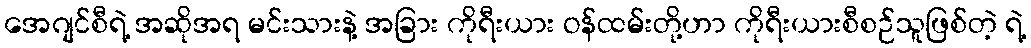
အေဂျင်စီရဲ့ အဆိုအရ မင်းသားနဲ့ အခြား ကိုရီးယား ဝန်ထမ်းတို့ဟာ ကိုရီးယားစီစဉ်သူဖြစ်တဲ့ ရဲ့